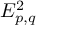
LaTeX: E _ { p , q } ^ { 2 }